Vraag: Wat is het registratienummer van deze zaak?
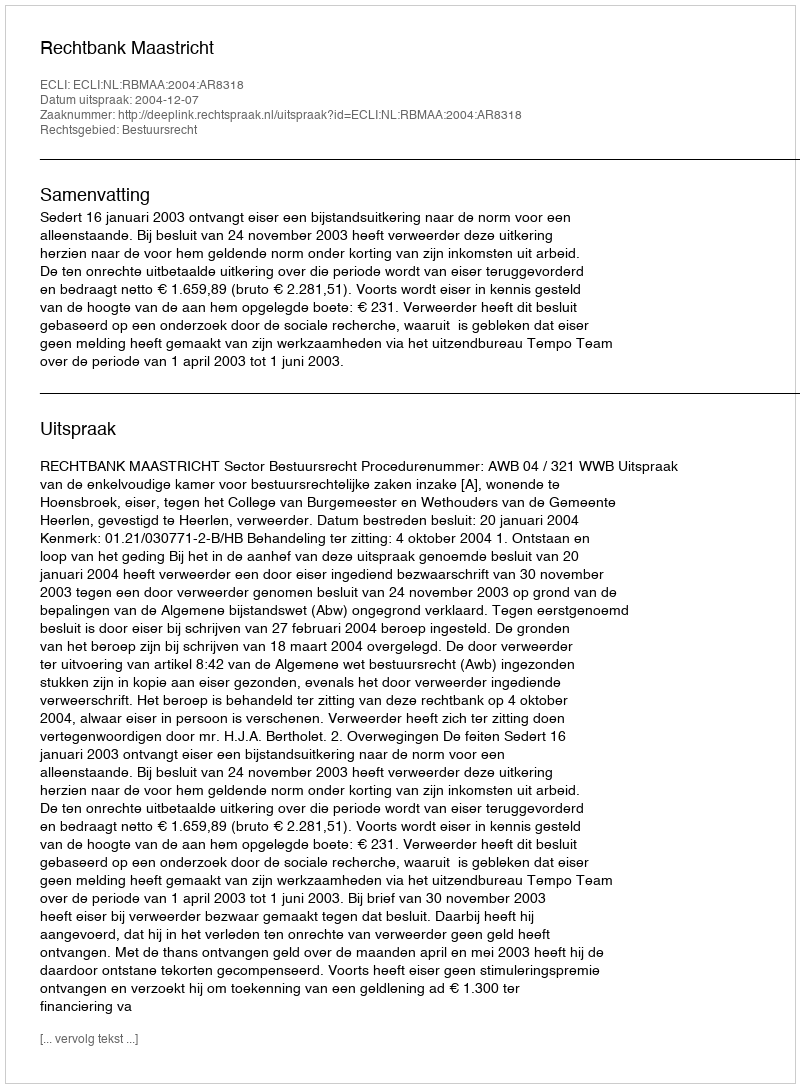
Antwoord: http://deeplink.rechtspraak.nl/uitspraak?id=ECLI:NL:RBMAA:2004:AR8318